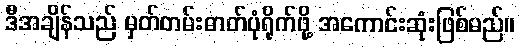
ဒီအချိန်သည် မှတ်တမ်းဓာတ်ပုံရိုက်ဖို့ အကောင်းဆုံးဖြစ်မည်။